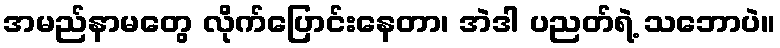
အမည်နာမတွေ လိုက်ပြောင်းနေတာ၊ အဲဒါ ပညတ်ရဲ့ သဘောပဲ။